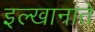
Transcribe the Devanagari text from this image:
इल्खानाते